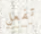
تفعل